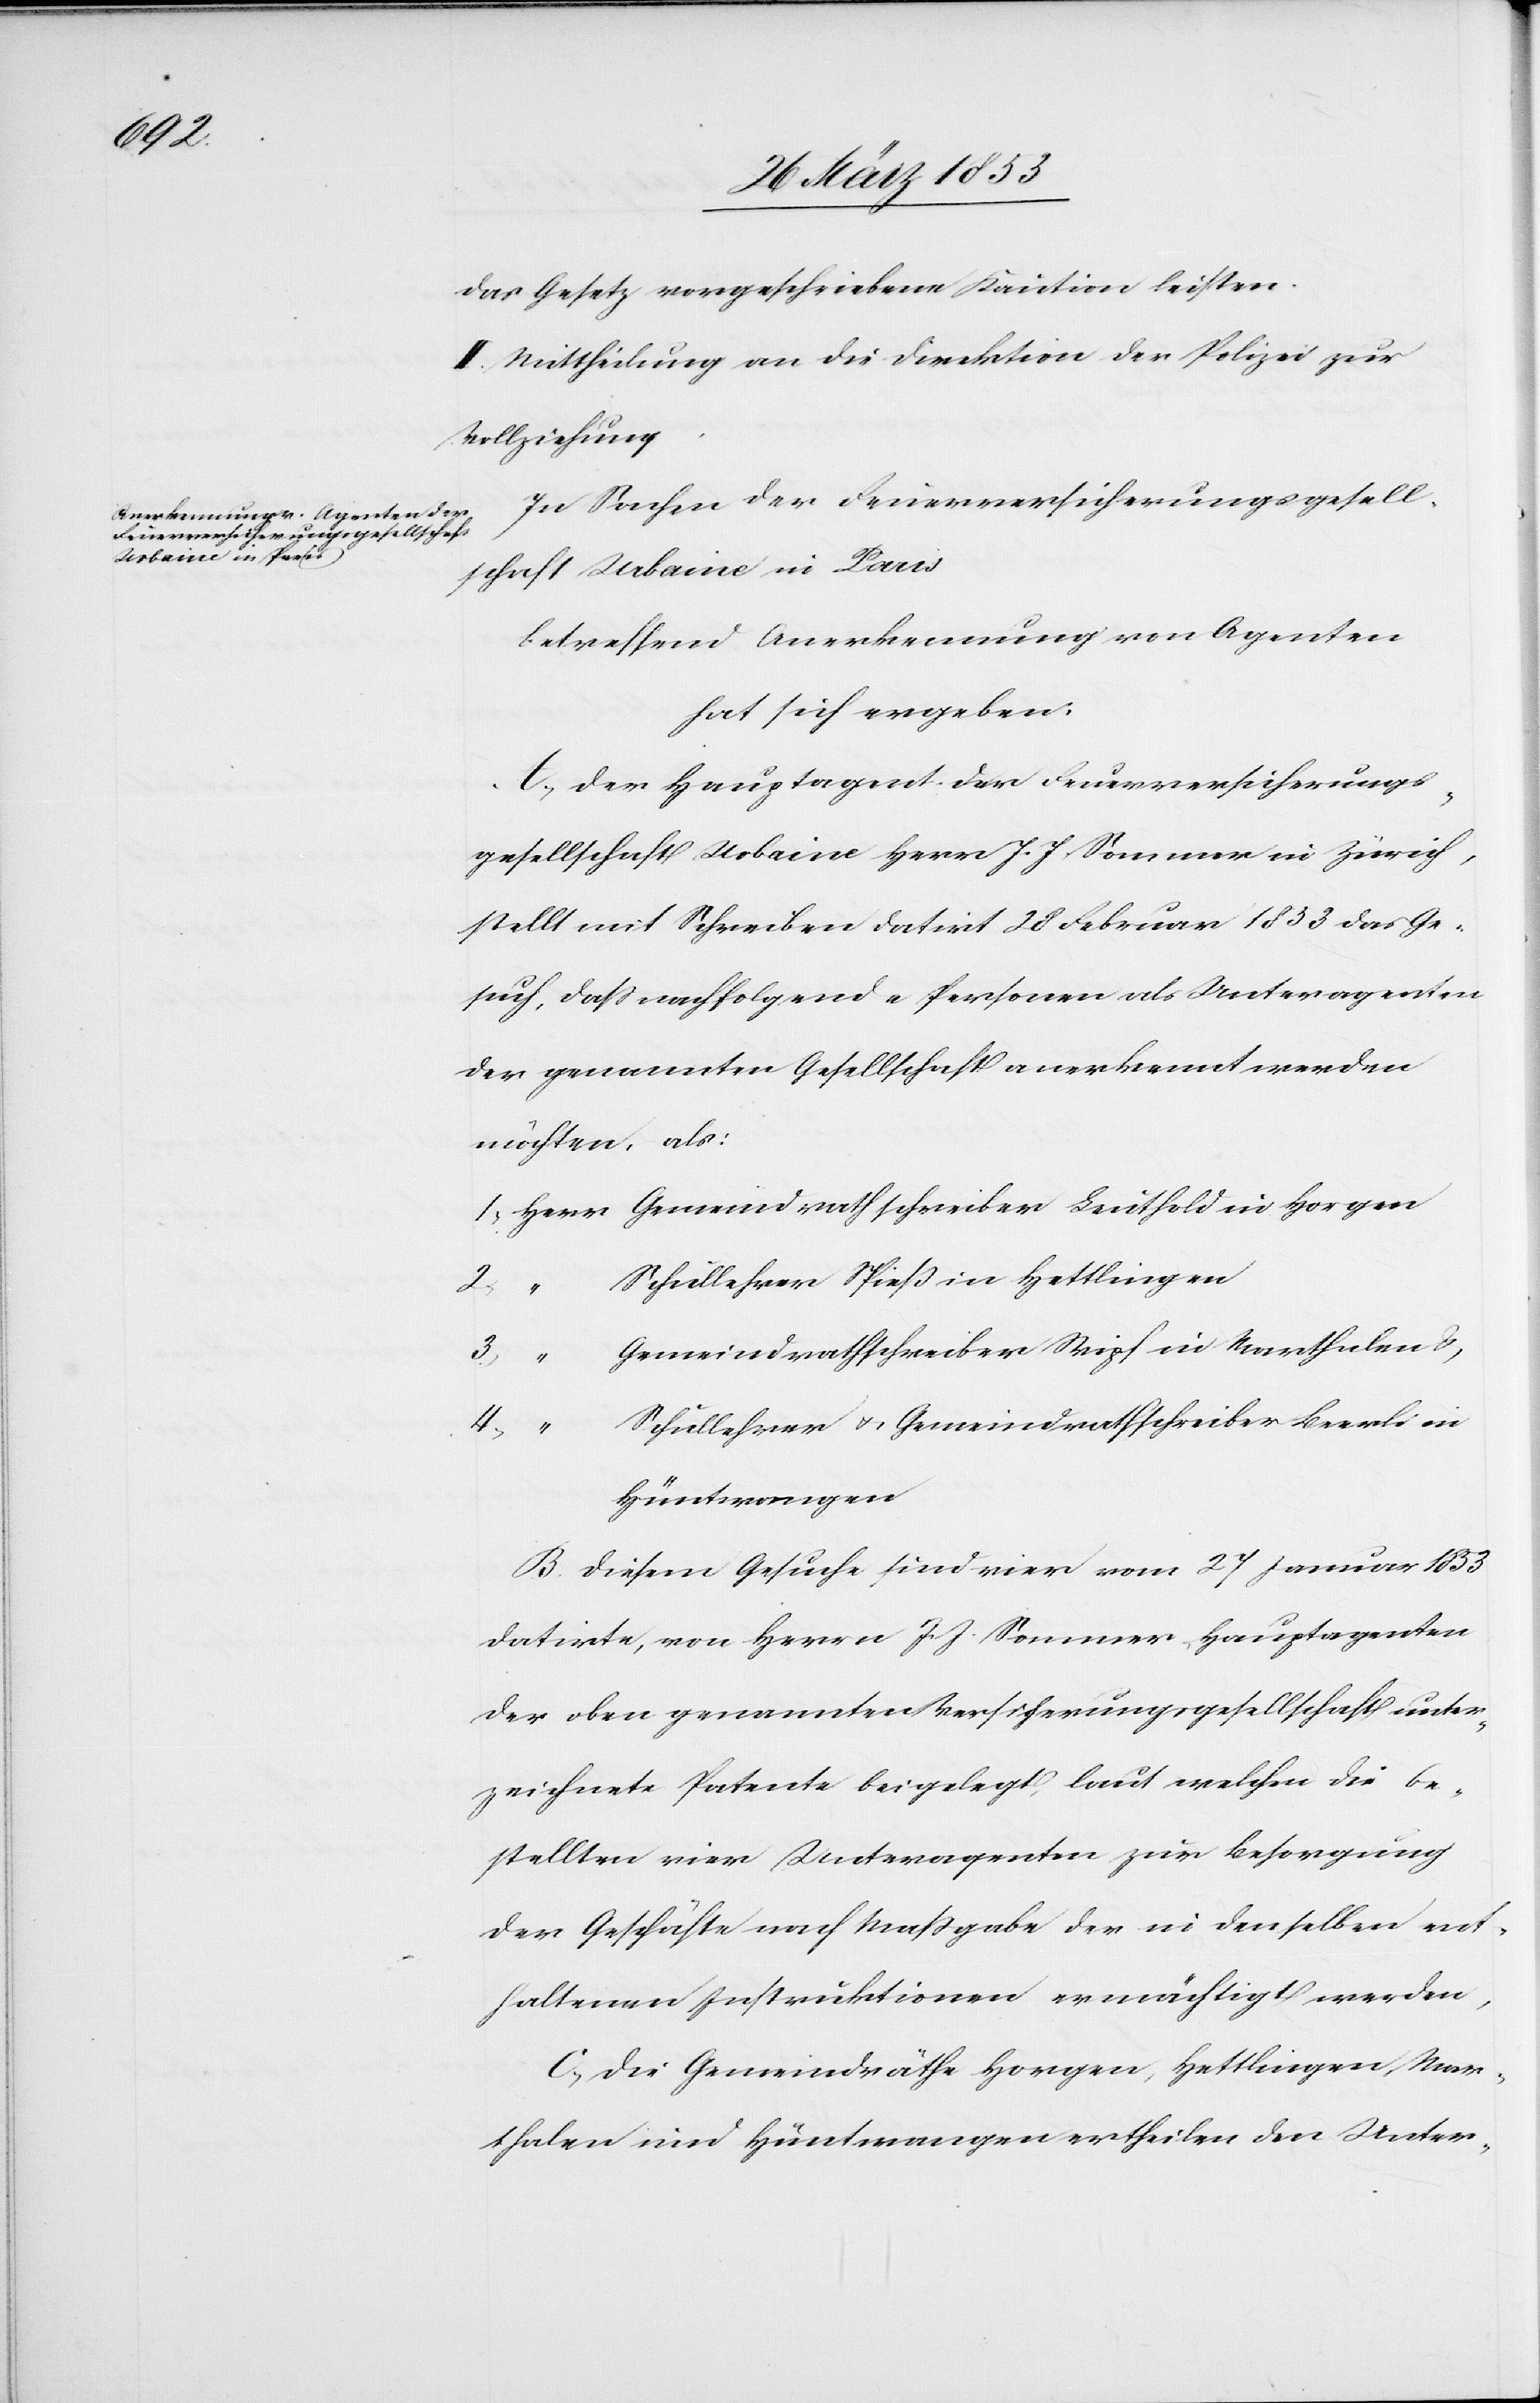
das Gesetz vorgeschriebene Kaution leisten.
II. Mittheilung an die Direktion der Polizei zur
Vollziehung.
In Sachen der Feuerversicherungsgesell¬
schaft Urbaine in Paris
betreffend Anerkennung von Agenten
hat sich ergeben:
Der Hauptagent der Feuerversicherungs¬
gesellschaft Urbaine Herr J. J. Sommer in Zürich,
stellt mit Schreiben datirt 28 Februar 1853 das Ge¬
such, daß nachfolgende Personen als Unteragenten
der gesammten Gesellschaft anerkennt werden
möchten, als:
1, Herr	Gemeindrathschreiber Leuthold in Horgen
“		Schullehrer Spieß in Hettlingen
3, “		Gemeindrathschreiber Wipf in Marthalen u.,
“		Schullehrer u. Gemeindrathschreiber Beerli in
Hüntwangen.
Diesem Gesuche sind vier vom 27 Januar 1853
datirte, von Herrn J. J. Sommer, Hauptagenten
der oben genannten Versicherungsgesellschaft unter¬
zeichnete Patente beigelegt, laut welchen die be¬
stellten vier Unteragenten zur Besorgung
der Geschäfte nach Maßgabe der in denselben ent¬
haltenen Instruktionen ermächtigt werden,
Die Gemeindräthe Horgen, Hettlingen, Mar¬
thalen und Hüntwangen ertheilen den Unter-